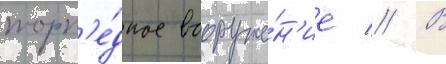
торп'е́дное вооруже́н'ие // В